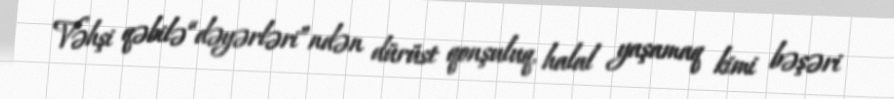
Vəhşi qəbilə “dəyərləri”ndən dürüst qonşuluq, halal yaşamaq kimi bəşəri